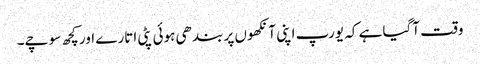
وقت آگیا ہے کہ یورپ اپنی آنکھوں پر بندھی ہوئی پٹی اتارے اور کچھ سوچے۔